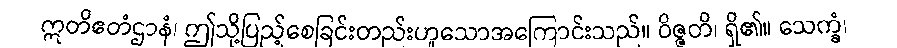
ဣတိဧတံဌာနံ၊ ဤသို့ပြည့်စေခြင်းတည်းဟူသောအကြောင်းသည်။ ဝိဇ္ဇတိ၊ ရှိ၏။ သေက္ခံ၊